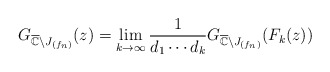
\begin{align*}G_{\overline{\mathbb{C}}\setminus J_{(f_n)}}(z) =\lim_{k\rightarrow\infty} \frac{1}{d_1\cdots d_k} G_{\overline{\mathbb{C}}\setminus J_{(f_n)}}{(F_k(z))}\end{align*}